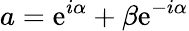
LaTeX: a=\mathrm{e}^{i\alpha}+\beta\mathrm{e}^{-i\alpha}